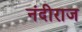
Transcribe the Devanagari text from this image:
नंदीराज